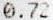
0.72